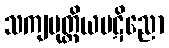
သကျပုတ္တိယပဋိညော